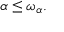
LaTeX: \alpha \leq \omega _ { \alpha } .